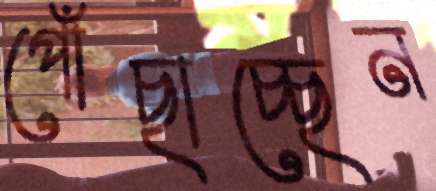
পোঁছাচ্ছেন